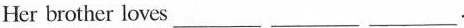
Her brother loves___ ___ ___.